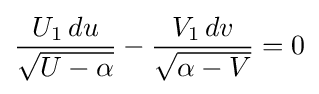
{\frac {U_{1}\,du}{\sqrt {U-\alpha }}}-{\frac {V_{1}\,dv}{\sqrt {\alpha -V}}}=0